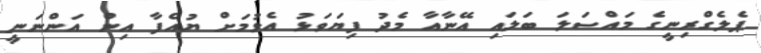
ޕެލެގްރިނީގެ މައްސަލަ ބަލައި އޭނާއާ މެދު ފިޔަވަޅު އެޅުމަށް ޔުއެފާ އިން އަންނަނީ